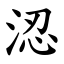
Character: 涊